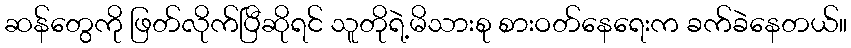
ဆန်တွေကို ဖြတ်လိုက်ပြီဆိုရင် သူတိုရဲ့မိသားစု စားဝတ်နေရေးက ခက်ခဲနေတယ်။